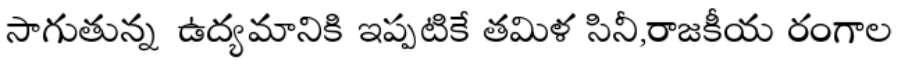
సాగుతున్న ఉద్యమానికి ఇప్పటికే తమిళ సినీ,రాజకీయ రంగాల